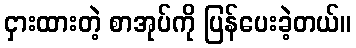
ငှားထားတဲ့ စာအုပ်ကို ပြန်ပေးခဲ့တယ်။